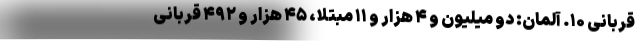
قربانی ۱۰. آلمان: دو میلیون و ۴ هزار و ۱۱ مبتلا، ۴۵ هزار و ۴۹۲ قربانی